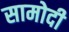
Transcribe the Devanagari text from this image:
सामोदी